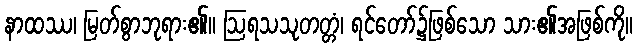
နာထဿ၊ မြတ်စွာဘုရား၏။ ဩရသသုတတ္တံ၊ ရင်တော်၌ဖြစ်သော သား၏အဖြစ်ကို။